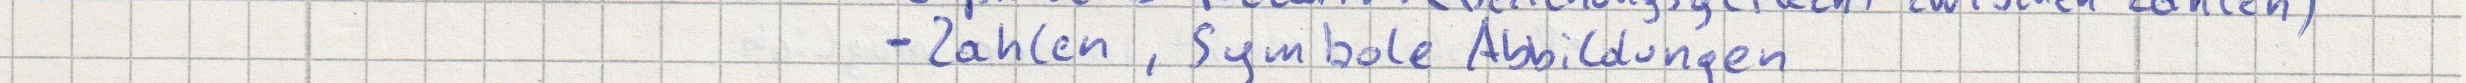
- Zahlen, Symbole Abbildungen